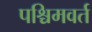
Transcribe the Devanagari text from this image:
पश्चिमवर्त